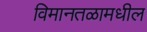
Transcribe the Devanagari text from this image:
विमानतळामधील